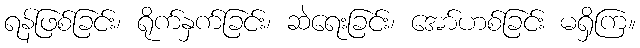
ရန်ဖြစ်ခြင်း၊ ရိုက်နှက်ခြင်း၊ ဆဲရေးခြင်း၊ အော်ဟစ်ခြင်း မရှိကြ။